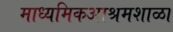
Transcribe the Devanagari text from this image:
माध्यमिकआश्रमशाळा